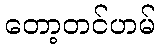
တော့တင်ဟမ်